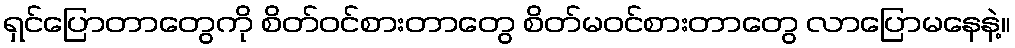
ရှင်ပြောတာတွေကို စိတ်ဝင်စားတာတွေ စိတ်မဝင်စားတာတွေ လာပြောမနေနဲ့။